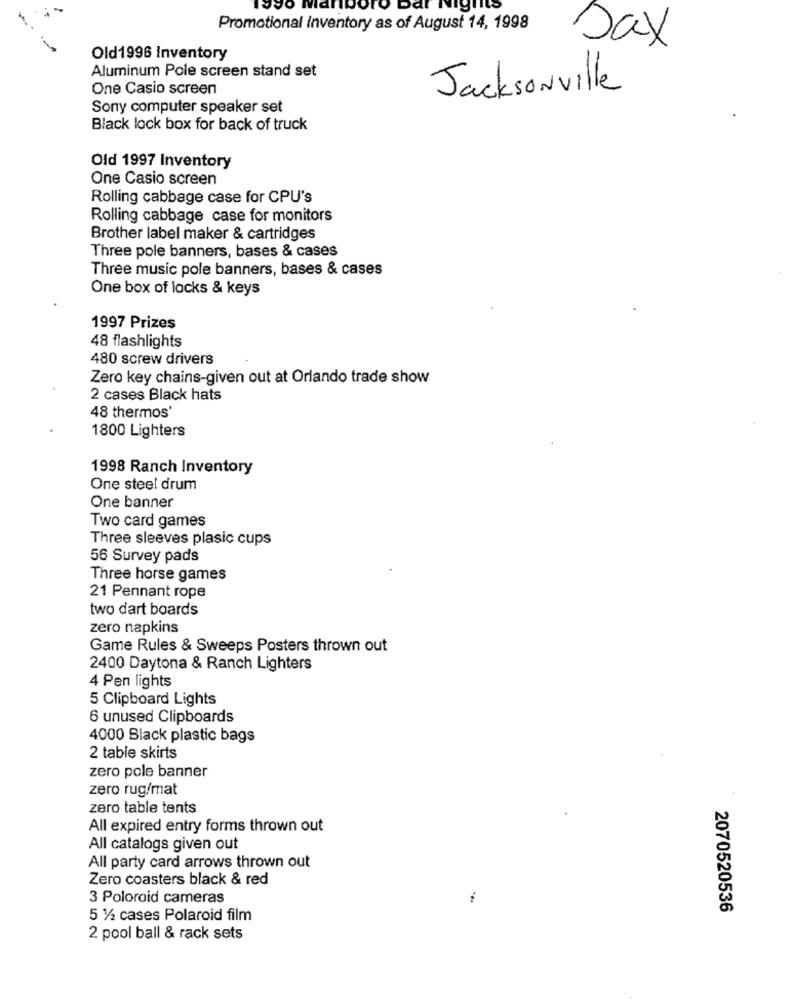
Promotional Inventory as of August 14, 1998
Dax
Old1996 Inventory
Aluminum Pole screen stand set
One Casio screen
Jacksonville
Sony computer speaker set
Black lock box for back of truck
Old 1997 Inventory
One Casio screen
Rolling cabbage case for CPU's
Rolling cabbage case for monitors
Brother label maker & cartridges
Three pole banners, bases & cases
Three music pole banners, bases & cases
One box of locks & keys
1997 Prizes
48 flashlights
480 screw drivers
Zero key chains-given out at Orlando trade show
2 cases Black hats
48 thermos'
1800 Lighters
1998 Ranch Inventory
One steel drum
One banner
Two card games
Three sleeves plasic cups
56 Survey pads
Three horse games
21 Pennant rope
two dart boards
zero napkins
Game Rules & Sweeps Posters thrown out
2400 Daytona & Ranch Lighters
4 Pen lights
5 Clipboard Lights
6 unused Clipboards
4000 Black plastic bags
2 table skirts
zero pole banner
zero rug/mat
zero table tents
All expired entry forms thrown out
All catalogs given out
All party card arrows thrown out
Zero coasters black & red
3 Poloroid cameras
2070520536
5 1/2 cases Polaroid film
2 pool ball & rack sets